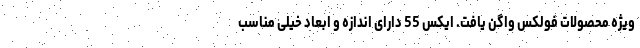
ویژه محصولات فولکس واگن یافت. ایکس 55 دارای اندازه و ابعاد خیلی مناسب